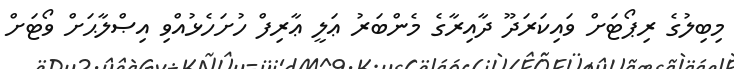
މިބިލުގެ ރިޕޯޓަށް ވައިކަރަދޫ ދާއިރާގެ މެންބަރު ޢަލީ ޢާރިފް ހުށަހެޅުއްވި އިޞްލާޙަށް ވޯޓަށް